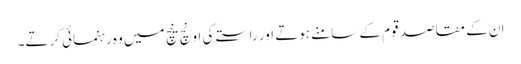
ان کے مقاصد قوم کے سامنے ہوتے اور راستے کی اونچ نیچ میں وہ رہنمائی کرتے۔